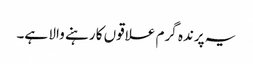
یہ پرندہ گرم علاقوں کا رہنے والا ہے۔